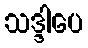
သဒ္ဒါပေ